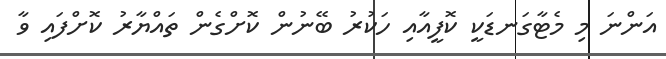
އަންނަ މި މެޓާގަނޑަކީ ކޮފީއާއި ހަކުރު ބޭނުން ކޮށްގެން ތައްޔާރު ކޮށްފައި ވާ